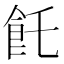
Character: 飥